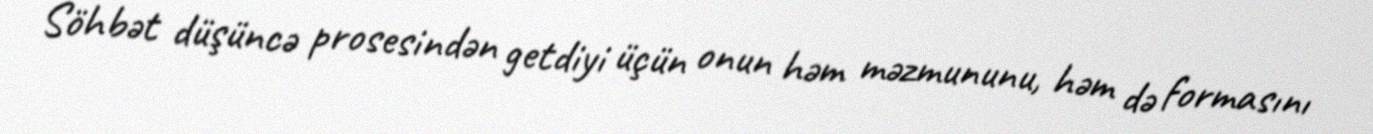
Söhbət düşüncə prosesindən getdiyi üçün onun həm məzmununu, həm də formasını